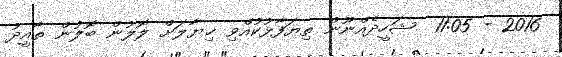
2016 - 11:05  ޝަހީދެއްނޫން ތިޔަފާޅުކުއްވި ޚިޔާލަށް ލޮލުން ބޮލުން ތާއީދު